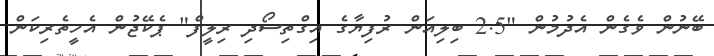
ބޭނުން ވެގެން އެދުމުން "2.5 ބިލިއަން ރުފިޔާގެ އިގްތިސޯދި ރިލީފް" ޕެކޭޖުން އެހީތެރިކަން